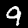
Label: 9